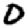
Digit: 0